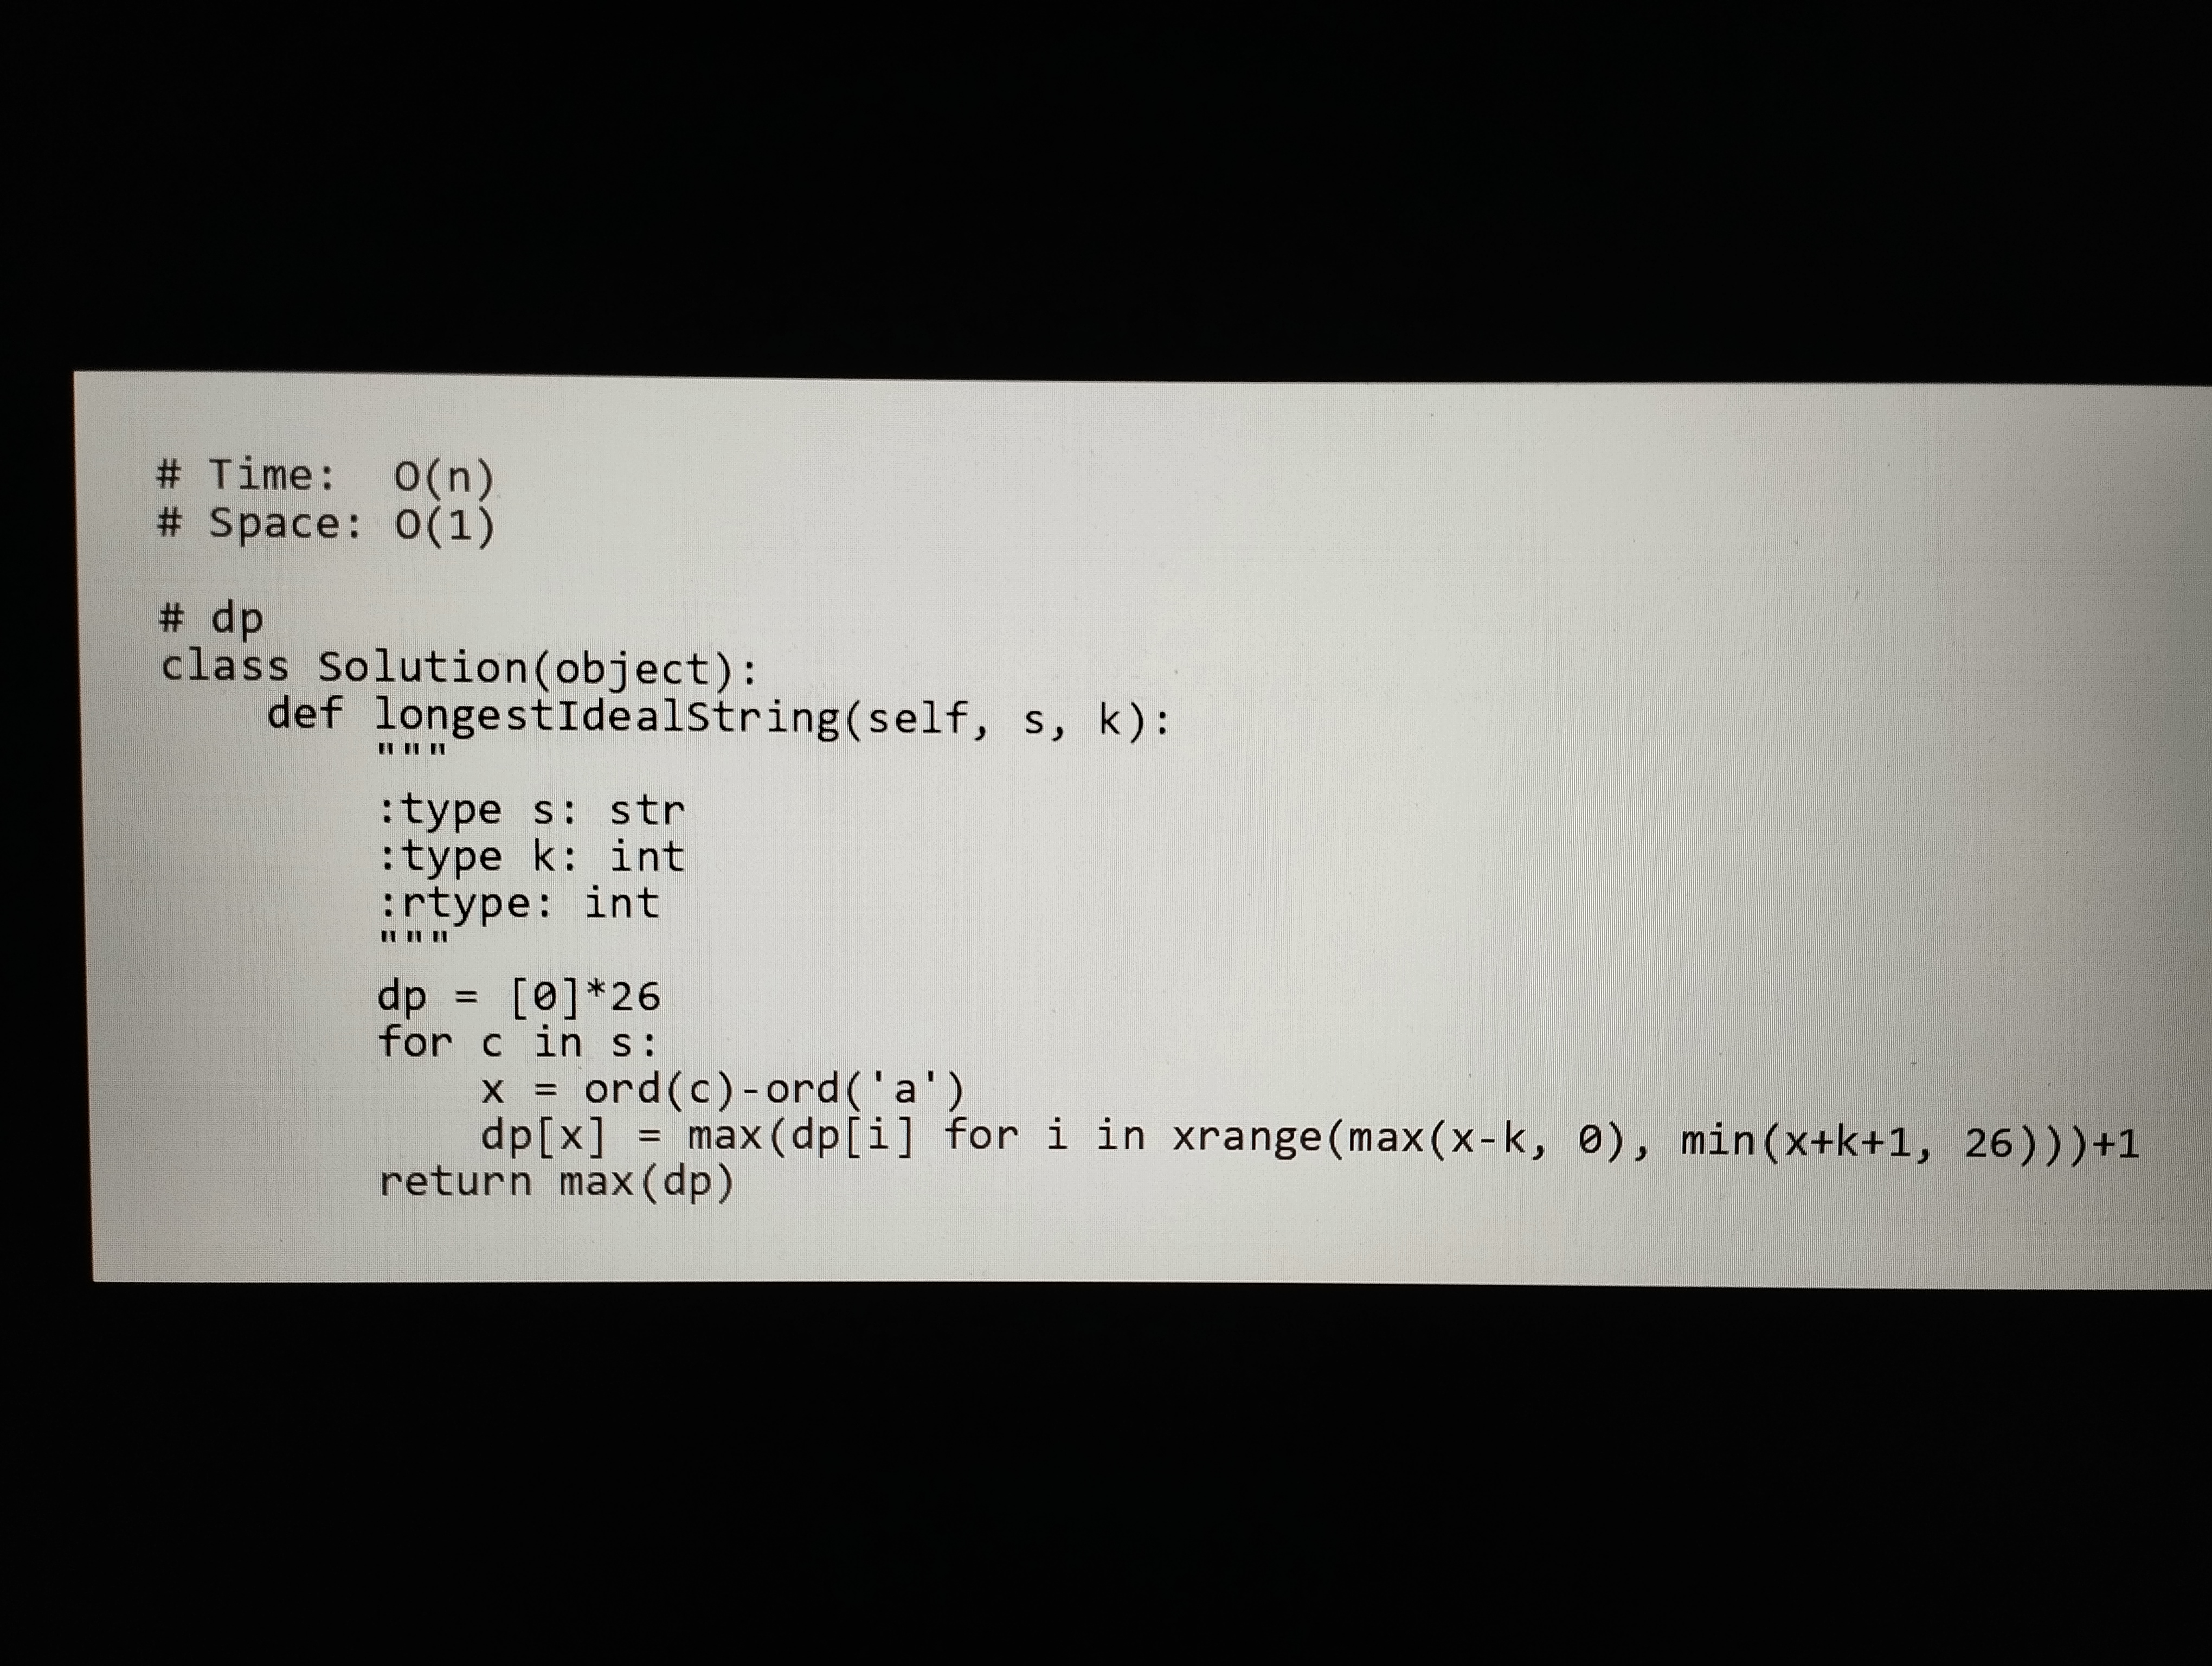
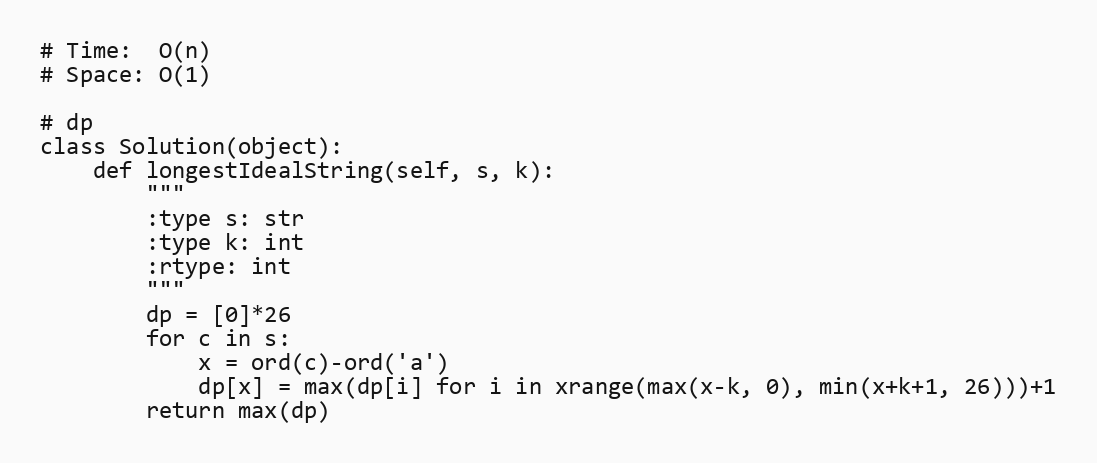
# Time:  O(n)
# Space: O(1)

# dp
class Solution(object):
    def longestIdealString(self, s, k):
        """
        :type s: str
        :type k: int
        :rtype: int
        """
        dp = [0]*26
        for c in s:
            x = ord(c)-ord('a')
            dp[x] = max(dp[i] for i in xrange(max(x-k, 0), min(x+k+1, 26)))+1
        return max(dp)